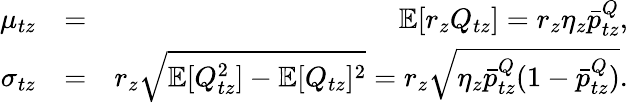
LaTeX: \begin{array}{rlr}{\mu_{tz}}&{=}&{\mathbb{E}[r_{z}Q_{tz}]=r_{z}\eta_{z}\bar{p}_{tz}^{Q},}\\ {\sigma_{tz}}&{=}&{r_{z}\sqrt{\mathbb{E}[Q_{tz}^{2}]-\mathbb{E}[Q_{tz}]^{2}}=r_{z}\sqrt{\eta_{z}\bar{p}_{tz}^{Q}(1-\bar{p}_{tz}^{Q})}.}\end{array}